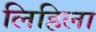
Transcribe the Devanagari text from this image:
लिहिला